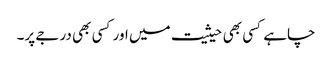
چاہے کسی بھی حیثیت میں اور کسی بھی درجے پر۔